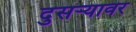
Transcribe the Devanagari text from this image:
दुसर्‍यावर